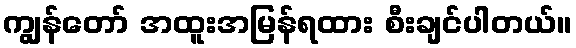
ကျွန်တော် အထူးအမြန်ရထား စီးချင်ပါတယ်။